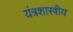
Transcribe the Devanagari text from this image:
यंत्रशास्त्रीय